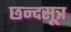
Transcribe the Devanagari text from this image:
छन्दसूत्र